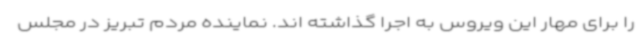
را برای مهار این ویروس به اجرا گذاشته اند. نماینده مردم تبریز در مجلس